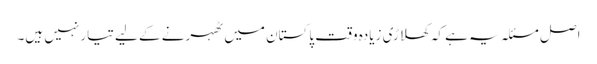
اصل مسئلہ یہ ہے کہ کھلاڑی زیادہ وقت پاکستان میں ٹھہرنے کے لیے تیار نہیں ہیں۔